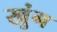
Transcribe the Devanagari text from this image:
खुंग